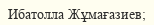
Ибатолла Жұмағазиев;